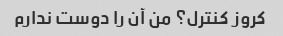
کروز کنترل؟ من آن را دوست ندارم